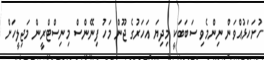
ހުށަހަޅުއްވަން ނިންމެވި ސަބަބަކީ މިދިޔަ އަހަރުގެ ޖޫން މަހު ފިނޭންސް މިނިސްޓްރީން މަޖިލީހަށް